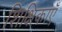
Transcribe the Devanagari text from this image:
शिक्षिकाएँ